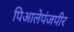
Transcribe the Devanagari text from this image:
पिआलेपंजपीर